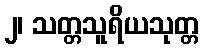
၂၊ သတ္တသူရိယသုတ္တ